Annual report of the Punjab Veterinary College and of the Civil Veterinary Department, Punjab - 1926-1932
Year: 1926
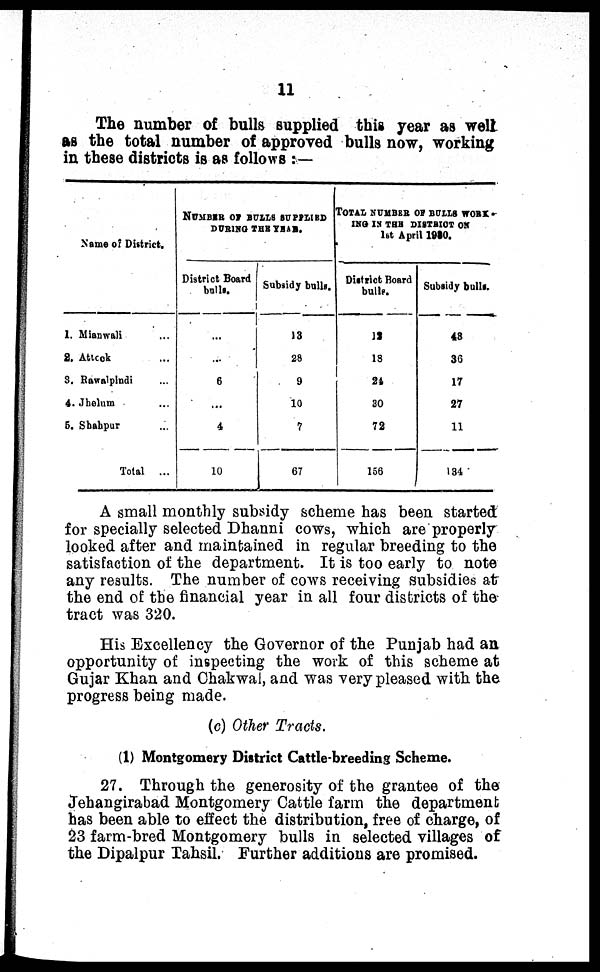
11
The number of bulls supplied this year as well
as the total number of approved bulls now, working
in these districts is as follows:—
Name or District.
1. Mianwali ...
2. Attock ...
3. Rawalpindi ...
4. Jhelum ...
5. Shahpur ...
Total
...
NUMBER OF BULLS SUPPLIED
DURING THE YEAR.
District Board
bulls.
...
...
6
...
4
10
Subsidy bulls.
13
28
9
10
7
67
TOTAL NUMBER OF BULLS WORK-
ING IN THE DISTRICT ON
1st April 1930.
District Board
bulls.
12
18
24
30
72
156
Subsidy bulls.
48
36
17
27
11
134
A small monthly subsidy scheme has been started
for specially selected Dhanni cows, which are properly
looked after and maintained in regular breeding to the
satisfaction of the department. It is too early to note
any results. The number of cows receiving subsidies at
the end of the financial year in all four districts of the
tract was 320.
His Excellency the Governor of the Punjab had an
opportunity of inspecting the work of this scheme at
Gujar Khan and Chakwal, and was very pleased with the
progress being made.
(c) Other Tracts.
(1) Montgomery District Cattle-breeding Scheme.
27. Through the generosity of the grantee of the
Jehangirabad Montgomery Cattle farm the department
has been able to efffect the distribution, free of charge, of
23 farm-bred Montgomery bulls in selected villages of
the Dipalpur Tahsil. Further additions are promised.